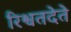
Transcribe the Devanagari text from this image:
रिश्वतदेते